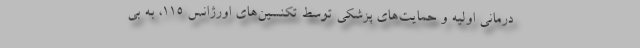
درمانی اولیه و حمایت‌های پزشکی توسط تکنسین‌های اورژانس ۱۱۵، به بی